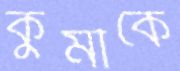
কুর্মীকে